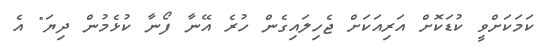
ކަމަކަށްވީ ކުޑަކޮށް އަރިއަކަށް ޖެހިލައިގެން ހުރެ އޭނާ ފޯނާ ކުޅެމުން ދިޔަ" އެ